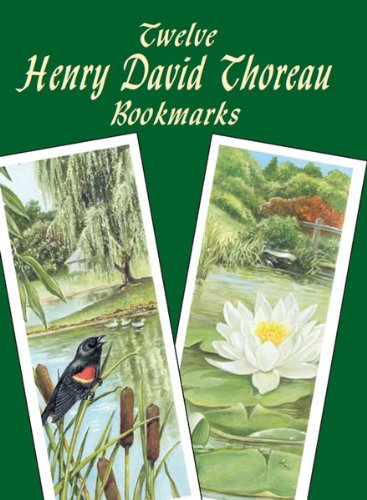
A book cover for Twelve Henry David Thoreau Bookmarks (Dover Bookmarks); Henry David Thoreau; Crafts, Hobbies & Home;